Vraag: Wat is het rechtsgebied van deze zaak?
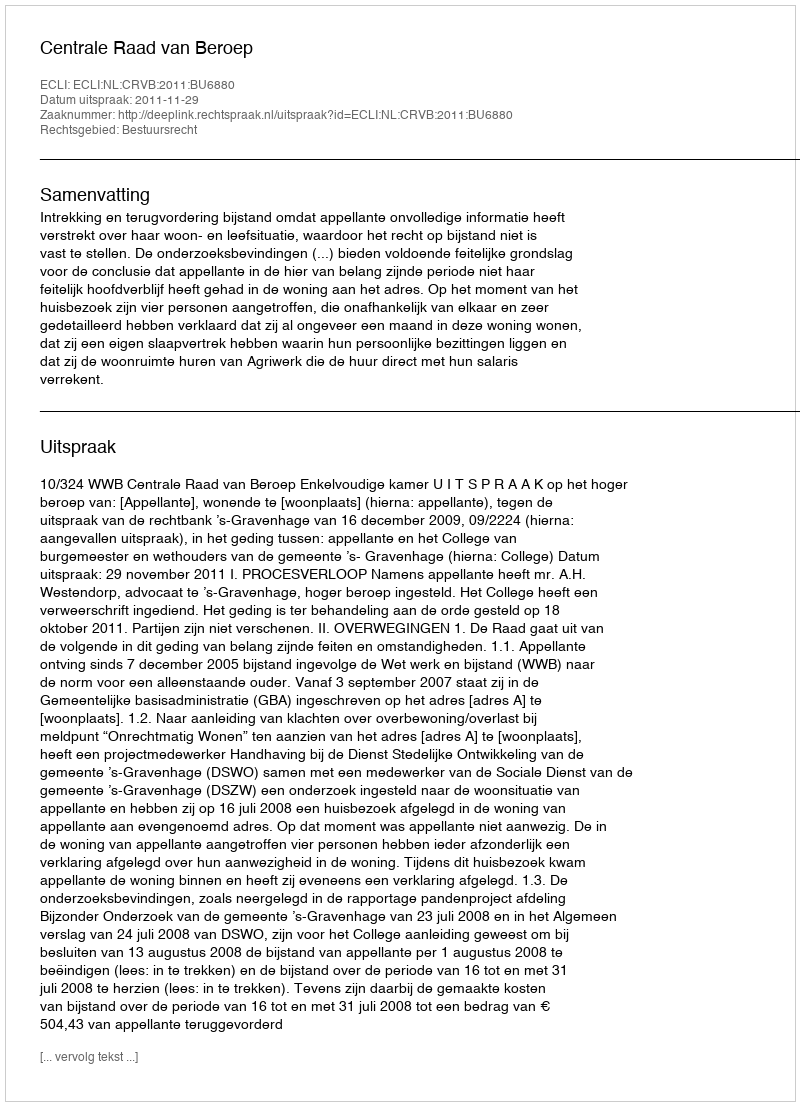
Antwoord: Bestuursrecht